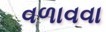
વળાવવા